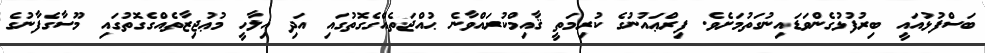
ބަސްފުޅުއައީ ބިރުފުޅުގެންވަޑައިނުގަތުމަށެވެ. ފިރްޢައުނުގެ ކުރިމަތީ ޤާއިމްކުރައްވާނެ ޙުއްޖަތެއްގެގޮތުގައި އަދި އިލާހީ މުޢުޖިޒާތެއްގެގޮތުގައި މޫސާގެފާނުގެ